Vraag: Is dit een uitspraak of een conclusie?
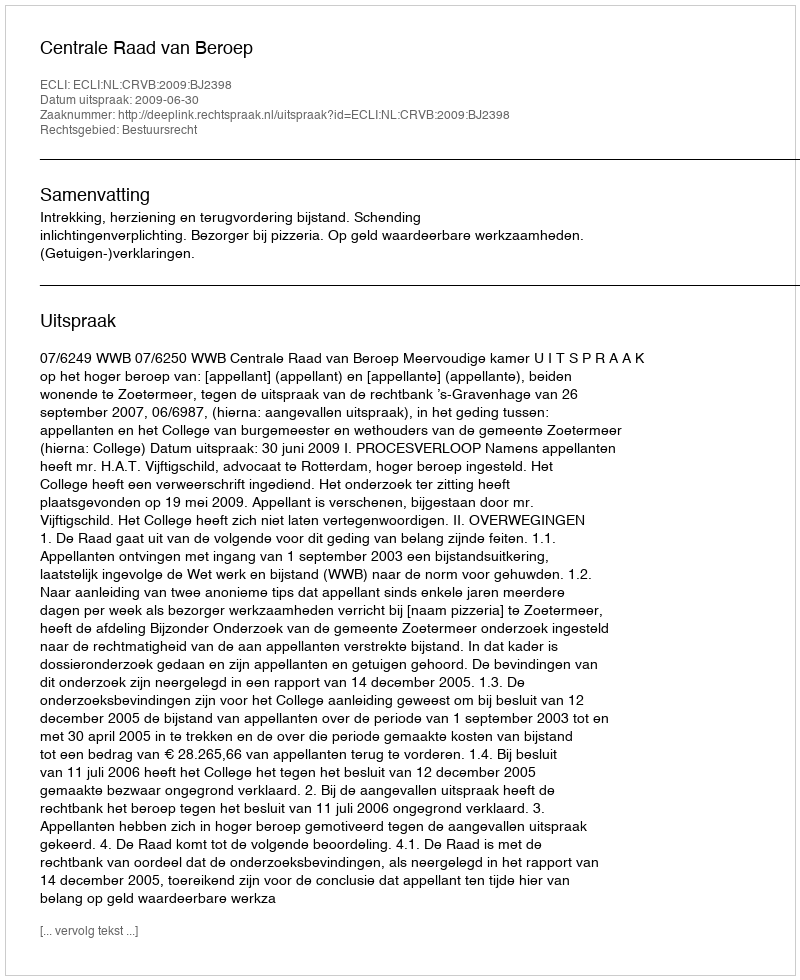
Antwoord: Uitspraak